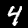
Label: 4